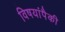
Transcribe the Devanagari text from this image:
विषयांपैकी